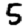
Digit: 5